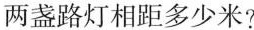
两盏路灯相每距多少米?